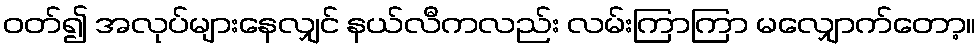
ဝတ်၍ အလုပ်များနေလျှင် နယ်လီကလည်း လမ်းကြာကြာ မလျှောက်တော့။